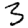
Digit: 3